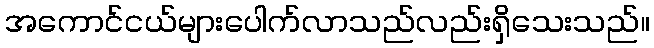
အကောင်ငယ်များပေါက်လာသည်လည်းရှိသေးသည်။